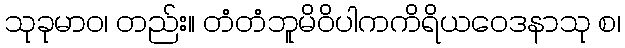
သုခုမာဝ၊ တည်း။ တံတံဘူမိဝိပါကကိရိယဝေဒနာသု စ၊